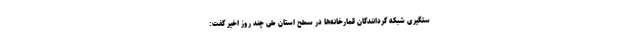
ستگیری شبکه گردانندگان قمارخانه‌ها در سطح استان طی چند روز اخیر گفت: